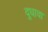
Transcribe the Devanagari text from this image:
दुधावा